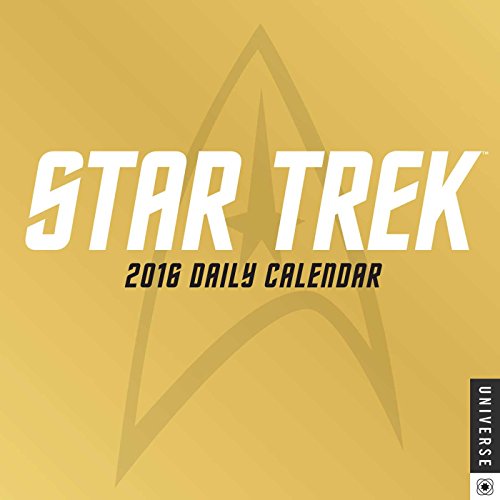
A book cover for Star Trek Daily 2016 Day-to-Day Calendar; CBS; Calendars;